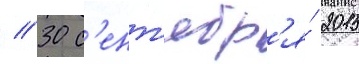
// 30 с'ент'ябр'я́ 2015